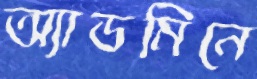
অ্যাডমিনে